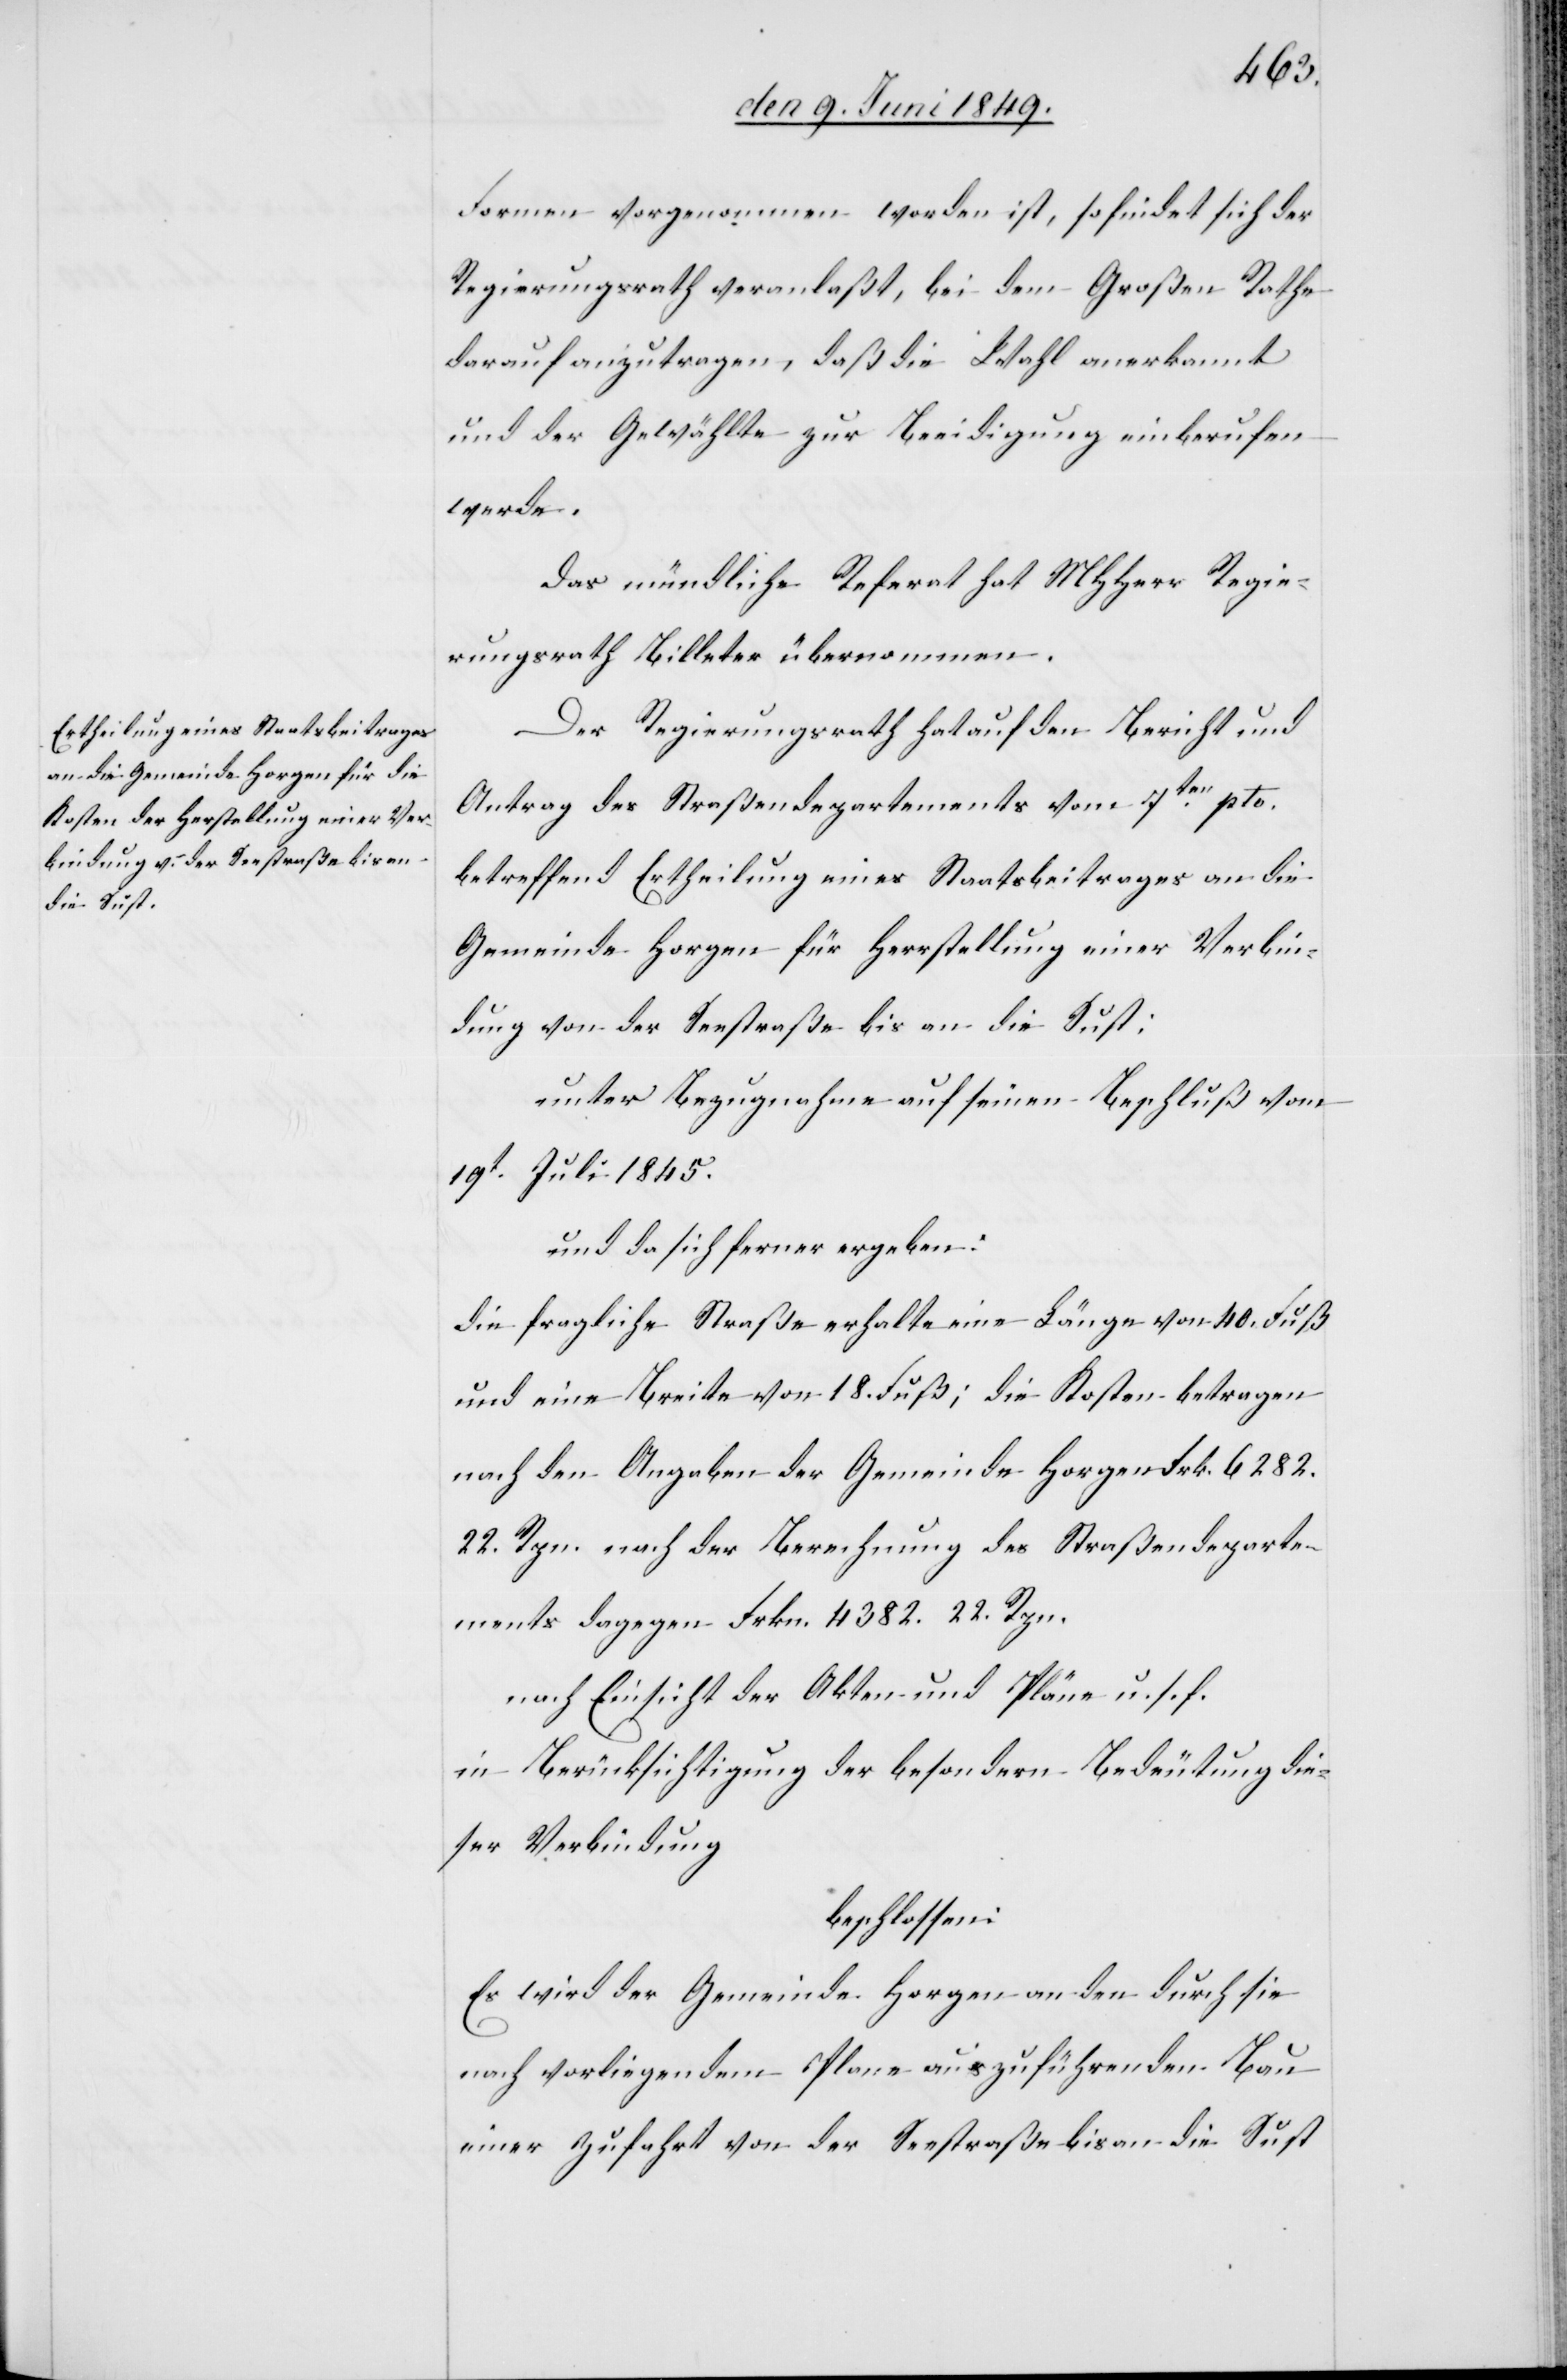
Formen vorgenommen worden ist, so findet sich der
Regierungsrath veranlaßt, bei dem Großen Rathe
darauf anzutragen, daß die Wahl anerkannt
und der Gewählte zur Beeidigung einberufen
werde.
Das mündliche Referat MHHerr Regie¬
rungsrath Billeter übernommen.
Der Regierungsrath hat auf den Bericht und
Antrag des Straßendepartements vom 7ten pto.
betreffend Ertheilung eines Staatsbeitrages an die
Gemeinde Horgen für Herstellung einer Verbin¬
dung von der Seestraße bis an die Sust:
unter Bezugnahme auf seinen Beschluß vom
19t Juli 1845.
und da sich ferner ergeben:
die fragliche Straße erhalte eine Länge von 40. Fuß
und eine Breite von 18. Fuß; die Kosten betragen
nach den Angaben der Gemeinde Horgen Frk. 6 282.
22. Rpn. nach der Berechnung des Straßendeparte¬
ments dagegen Frkn. 4 382. 22. Rpn.
nach Einsicht der Akten und Pläne u. s. f.
in Berücksichtigung der besondern Bedeutung die¬
ser Verbindung
beschlossen:
Es wird der Gemeinde Horgen an den durch sie
nach vorliegendem Plane auszuführenden Bau
einer Zufahrt von der Seestraße bis an die Sust